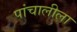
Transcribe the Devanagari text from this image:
पांचालीला